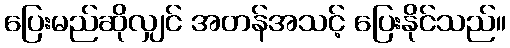
ပြေးမည်ဆိုလျှင် အတန်အသင့် ပြေးနိုင်သည်။